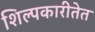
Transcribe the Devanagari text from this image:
शिल्पकारीतेत